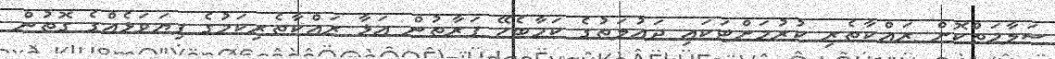
ސަލާމަތްކޮށް ރައްކާތެރި ކުރުމަށްޓަކައި ދައުލަތުގެ ކަމާބެހޭ ފަރާތުން އަޅާ ރައްކާތެރިކަމުގެ ފިޔަވަޅެއްގެ ގޮތުން